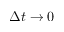
\Delta t \to 0